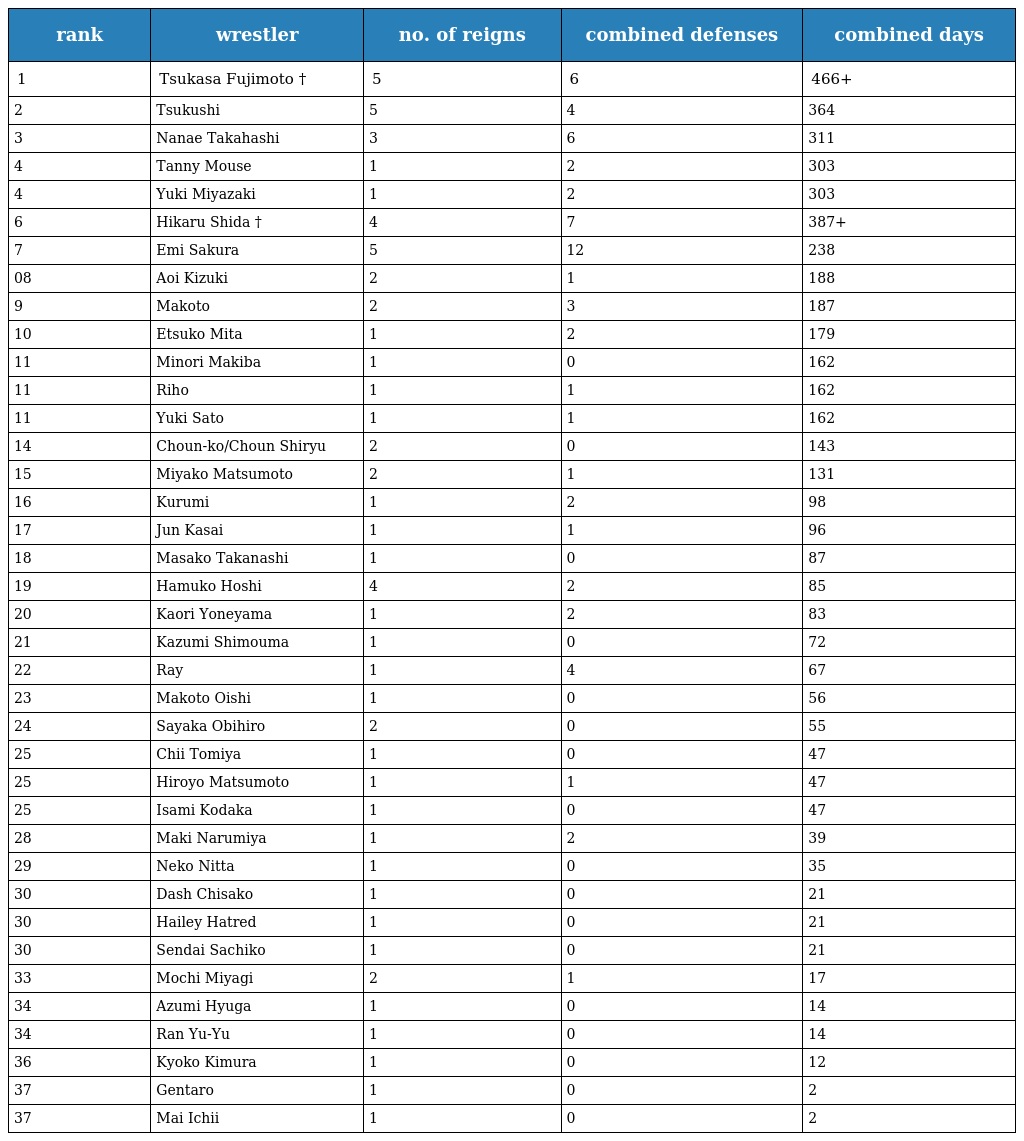
| rank | wrestler | no. of reigns | combined defenses | combined days |
 | --- | --- | --- | --- | --- |
 | 1 | Tsukasa Fujimoto † | 5 | 6 | 466+ |
 | 2 | Tsukushi | 5 | 4 | 364 |
 | 3 | Nanae Takahashi | 3 | 6 | 311 |
 | 4 | Tanny Mouse | 1 | 2 | 303 |
 | 4 | Yuki Miyazaki | 1 | 2 | 303 |
 | 6 | Hikaru Shida † | 4 | 7 | 387+ |
 | 7 | Emi Sakura | 5 | 12 | 238 |
 | 08 | Aoi Kizuki | 2 | 1 | 188 |
 | 9 | Makoto | 2 | 3 | 187 |
 | 10 | Etsuko Mita | 1 | 2 | 179 |
 | 11 | Minori Makiba | 1 | 0 | 162 |
 | 11 | Riho | 1 | 1 | 162 |
 | 11 | Yuki Sato | 1 | 1 | 162 |
 | 14 | Choun-ko/Choun Shiryu | 2 | 0 | 143 |
 | 15 | Miyako Matsumoto | 2 | 1 | 131 |
 | 16 | Kurumi | 1 | 2 | 98 |
 | 17 | Jun Kasai | 1 | 1 | 96 |
 | 18 | Masako Takanashi | 1 | 0 | 87 |
 | 19 | Hamuko Hoshi | 4 | 2 | 85 |
 | 20 | Kaori Yoneyama | 1 | 2 | 83 |
 | 21 | Kazumi Shimouma | 1 | 0 | 72 |
 | 22 | Ray | 1 | 4 | 67 |
 | 23 | Makoto Oishi | 1 | 0 | 56 |
 | 24 | Sayaka Obihiro | 2 | 0 | 55 |
 | 25 | Chii Tomiya | 1 | 0 | 47 |
 | 25 | Hiroyo Matsumoto | 1 | 1 | 47 |
 | 25 | Isami Kodaka | 1 | 0 | 47 |
 | 28 | Maki Narumiya | 1 | 2 | 39 |
 | 29 | Neko Nitta | 1 | 0 | 35 |
 | 30 | Dash Chisako | 1 | 0 | 21 |
 | 30 | Hailey Hatred | 1 | 0 | 21 |
 | 30 | Sendai Sachiko | 1 | 0 | 21 |
 | 33 | Mochi Miyagi | 2 | 1 | 17 |
 | 34 | Azumi Hyuga | 1 | 0 | 14 |
 | 34 | Ran Yu-Yu | 1 | 0 | 14 |
 | 36 | Kyoko Kimura | 1 | 0 | 12 |
 | 37 | Gentaro | 1 | 0 | 2 |
 | 37 | Mai Ichii | 1 | 0 | 2 |